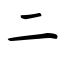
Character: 二